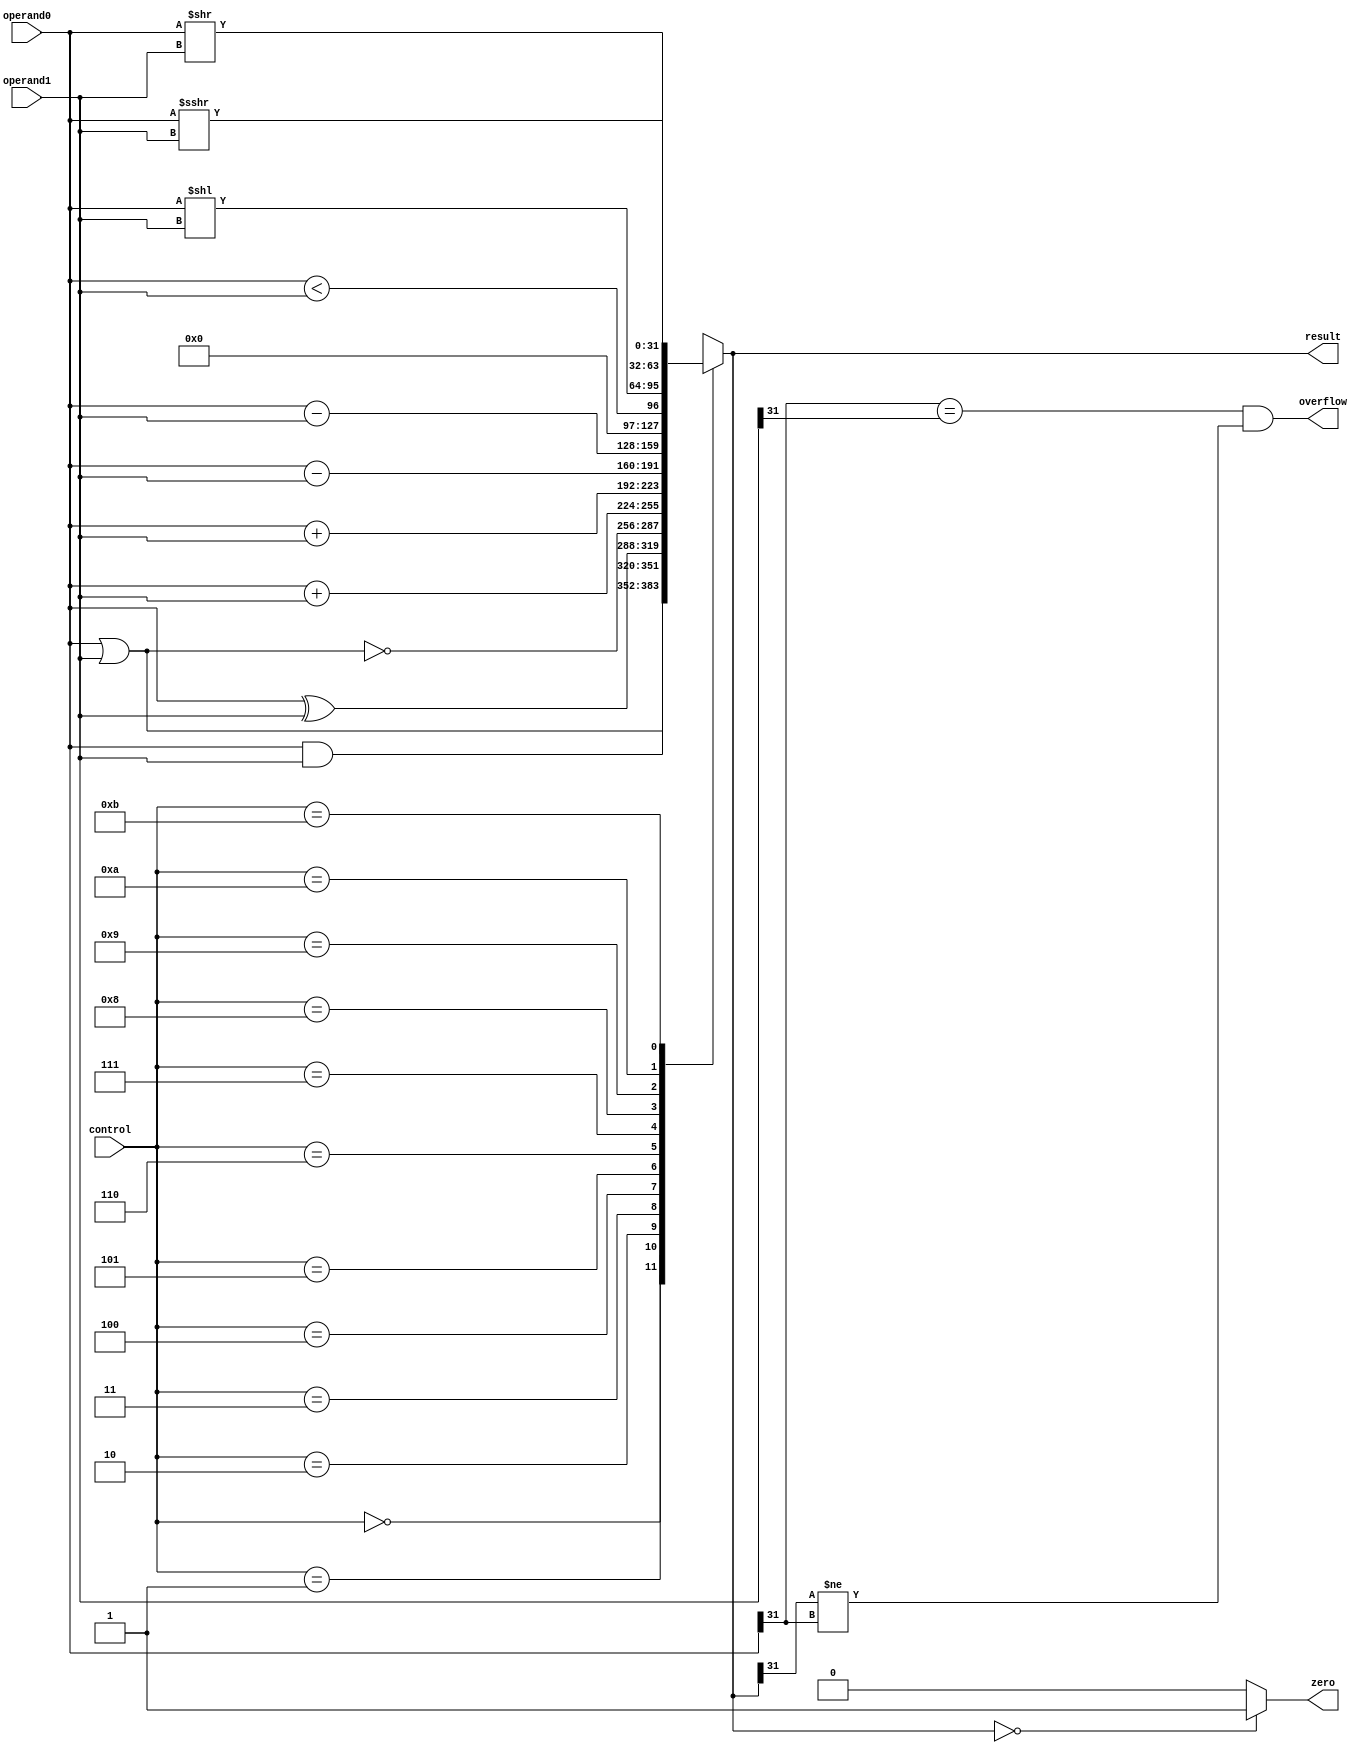
`timescale 1ns / 1ps
///////////////////////////////////////////////////////////////////////////////////////////////////////////////////////
// Company:    Penn State        
//    				
//
// Design Name: alu.v
// Module Name: alu
// Project Name: MIPS CPU
//
// Dependencies:
//
// Revision: 1
//
//
// Additional Comments:
//
///////////////////////////////////////////////////////////////////////////////////////////////////////////////////////
 
module alu 
(
    //--------------------------
    // Input Ports
    //--------------------------
    input	[31:0]	operand0, 
	input	[31:0]	operand1, 
	input	[3:0]	control,
    //--------------------------
    // Output Ports
    //--------------------------
    output	[31:0]	result,
	output			zero,
	output			overflow
);
    //--------------------------
    // Bidirectional Ports
    //--------------------------
    // < Enter Bidirectional Ports in Alphabetical Order >
    // None
      
    ///////////////////////////////////////////////////////////////////
    // Begin Design
    ///////////////////////////////////////////////////////////////////
    //-------------------------------------------------
    // Signal Declarations: local params
    //-------------------------------------------------
    
    //-------------------------------------------------
    // Signal Declarations: reg
    //-------------------------------------------------  
 
    //-------------------------------------------------
    // Signal Declarations: wire
    //-------------------------------------------------      

	assign result 	= alu_function(control, operand0, operand1);
	assign zero 	= (result == 0) ? 1'b1 : 1'b0;
	assign overflow = (operand0[31] == operand1[31]) && (result[31] != operand0[31]);

	function [31:0] alu_function;
		input [3:0] control;
        input [31:0] operand0;
        input [31:0] operand1;
		begin
			case (control)
				//AND
				4'b0000: alu_function = operand0 & operand1;
				//OR
				4'b0001: alu_function = operand0 | operand1;
				//XOR
				4'b0010: alu_function = operand0 ^ operand1;
				//NOR
				4'b0011: alu_function = operand0 ~| operand1;
				//ADD
				4'b0100: alu_function = operand0 + operand1;
				//SIGNED ADD
				4'b0101: alu_function = $signed(operand0) + $signed(operand1);
				//SUB
				4'b0110: alu_function = operand0 - operand1;
				//SIGNED SUB
				4'b0111: alu_function = $signed(operand0) - $signed(operand1);
				//SET ON LESS THAN
				4'b1000: alu_function = operand0 < operand1;
				//SHIFT LEFT
				4'b1001: alu_function = operand0 << operand1;
				//SHIFT RIGHT
				4'b1010: alu_function = operand0 >> operand1;
				//SHIFT RIGHT ARITHMETIC
				4'b1011: alu_function = $signed(operand0) >>> operand1;
			endcase
		end
	endfunction
         
endmodule